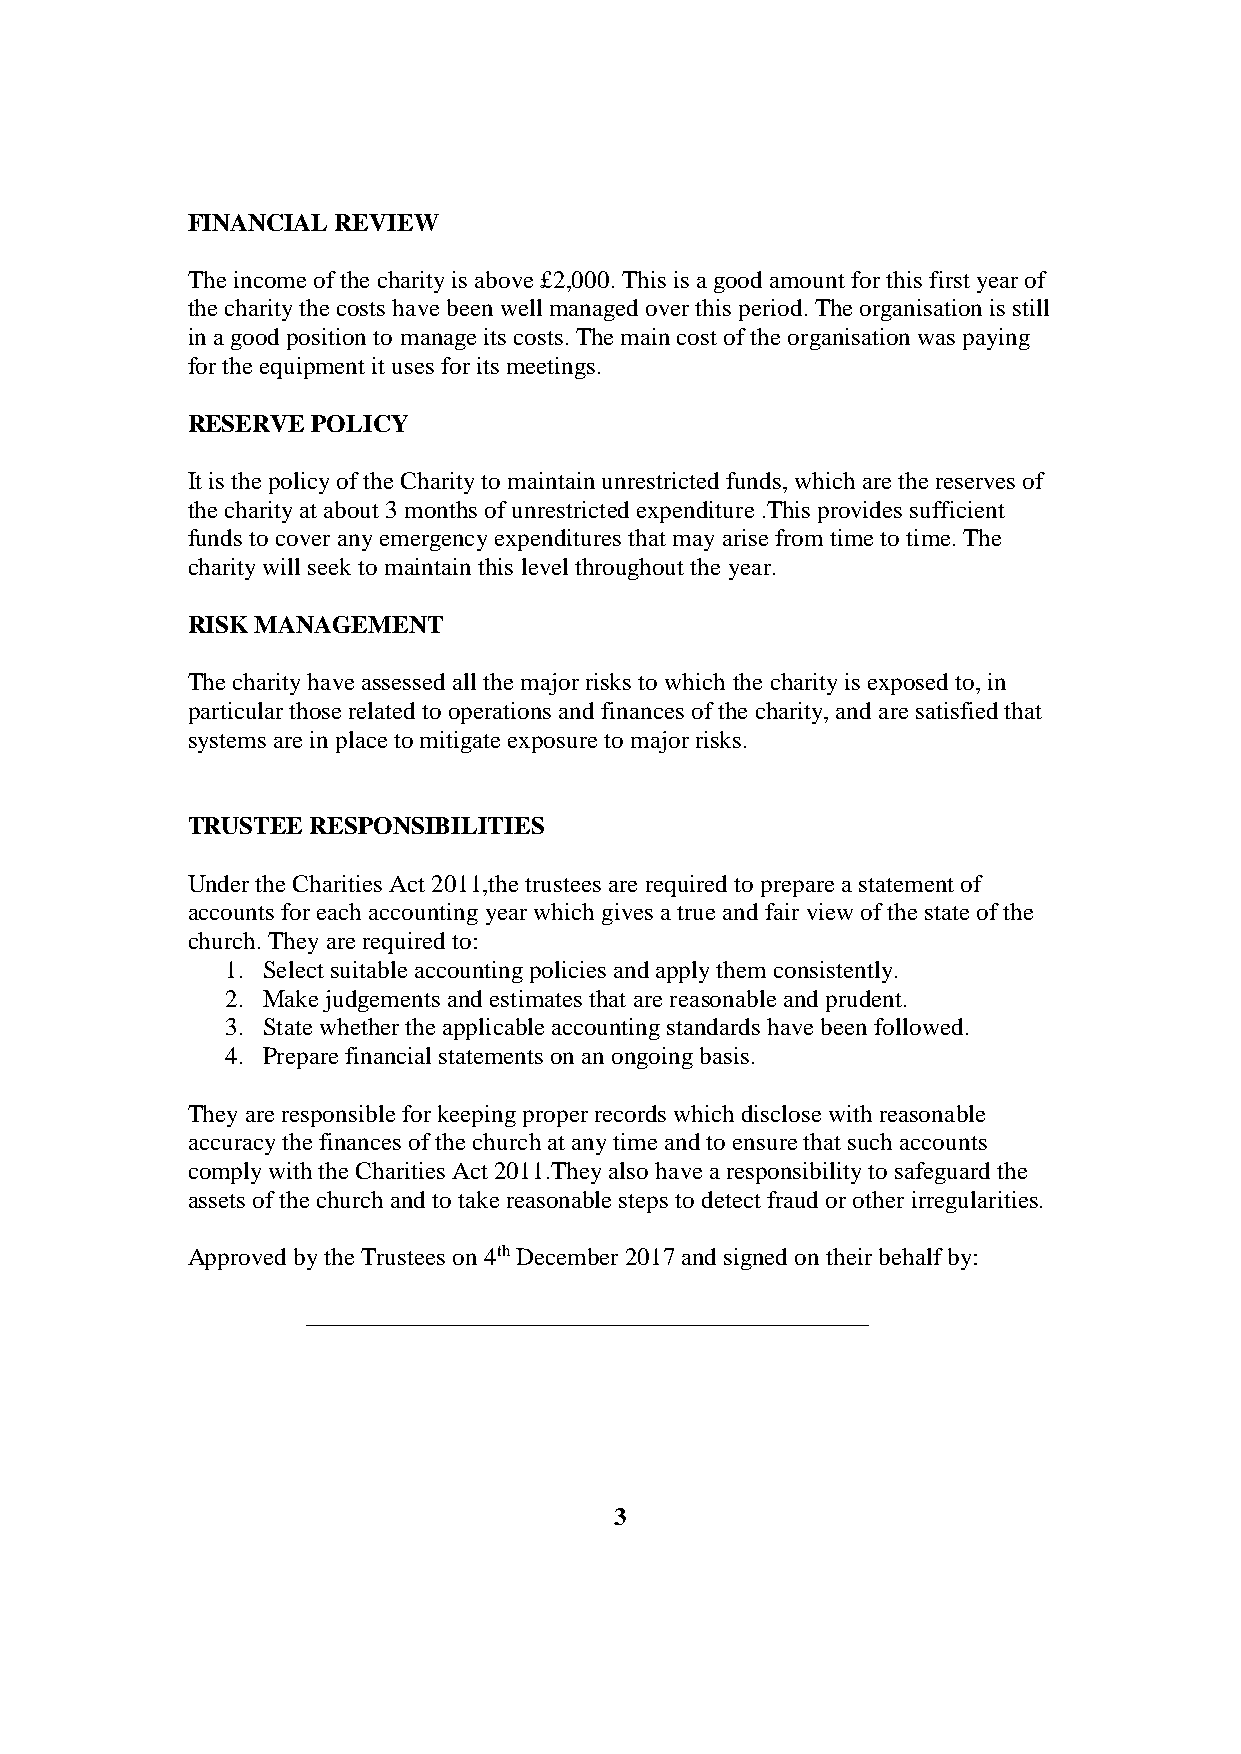
FINANCIAL REVIEW
 The income of the charity is above £2,000. This is a good amount for this first year of
 the charity the costs have been well managed over this period. The organisation is still
 in a good position to manage its costs. The main cost of the organisation was paying
 for the equipment it uses for its meetings.
 RESERVE  POLICY
 It is the policy of the Charity to maintain unrestricted funds, which are the reserves of
 the charity at about 3 months of unrestricted expenditure .This provides sufficient
 funds to cover any emergency expenditures that may arise from time to time. The
 charity will seek to maintain this level throughout the year.
 RISK MANAGEMENT
 The charity have assessed all the major risks to which the charity is exposed to, in
 particular those related to operations and finances of the charity, and are satisfied that
 systems are in place to mitigate exposure to major risks.
 TRUSTEE  RESPONSIBILITIES
 Under the Charities Act 2011,the trustees are required to prepare a statement of
 accounts for each accounting year which gives a true and fair view of the state of the
 church. They are required to:
 1. Select suitable accounting policies and apply them consistently.
 2. Make judgements and estimates that are reasonable and prudent.
 3. State whether the applicable accounting standards have been followed.
 4. Prepare financial statements on an ongoing basis.
 They are responsible for keeping proper records which disclose with reasonable
 accuracy the finances of the church at any time and to ensure that such accounts
 comply with the Charities Act 2011.They also have a responsibility to safeguard the
 assets of the church and to take reasonable steps to detect fraud or other irregularities.
 Approved by the Trustees on 4th December 2017 and signed on their behalf by:
 _____________________________________________
 3